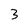
Character: 3